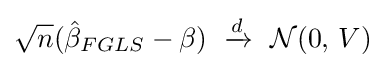
{\sqrt {n}}({\hat {\beta }}_{FGLS}-\beta )\ \xrightarrow {d} \ {\mathcal {N}}\!\left(0,\,V\right)